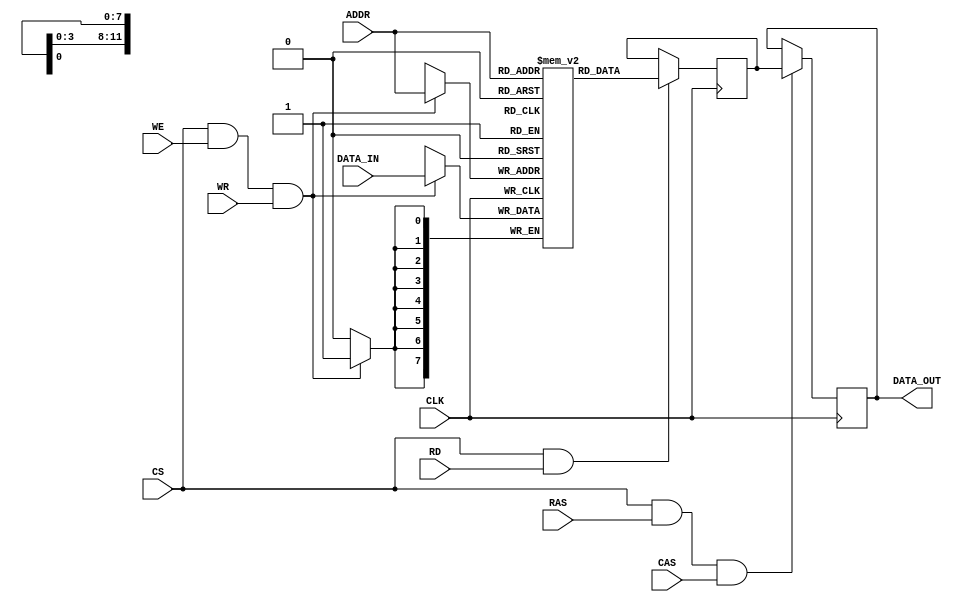
module DDR_SDRAM (
    input wire CLK,
    input wire [11:0] ADDR,
    input wire [7:0] DATA_IN,
    output reg [7:0] DATA_OUT,
    input wire RD,
    input wire WR,
    input wire CS,
    input wire WE,
    input wire RAS,
    input wire CAS
);

reg [7:0] memory [0:4095]; // Memory block size
reg [7:0] read_data;
reg [11:0] read_address;

always @(posedge CLK) begin
    if (CS && WE && WR) begin
        memory[ADDR] <= DATA_IN; // Write operation
    end
    if (CS && RD) begin
        read_data <= memory[ADDR]; // Read operation
        read_address <= ADDR;
    end
    if (CS && RAS && CAS) begin
        DATA_OUT <= read_data; // Output data
    end
end

endmodule